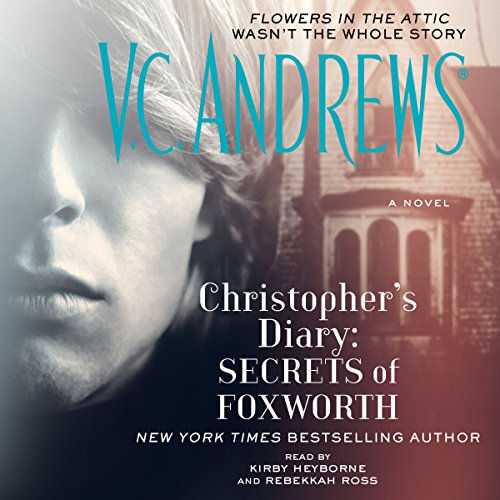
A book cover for Christopher's Diary: Secrets of Foxworth; V.C. Andrews; Parenting & Relationships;